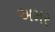
અમર